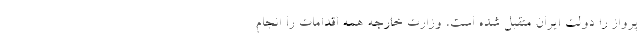
پرواز را دولت ایران متقبل شده است، وزارت خارجه همه اقدامات را انجام